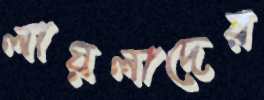
লায়লাদের